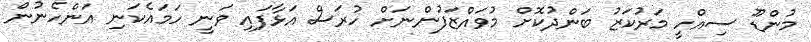
މުންޑޫ ސިއްހީ މަރުކަޒު ބަންދުކޮށް މުވައްޒަފުންނަށް ހުރަސް އަޅާފައި ވަނީ ހަމައެކަނި އަންހެނުން